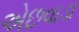
એછવાડા